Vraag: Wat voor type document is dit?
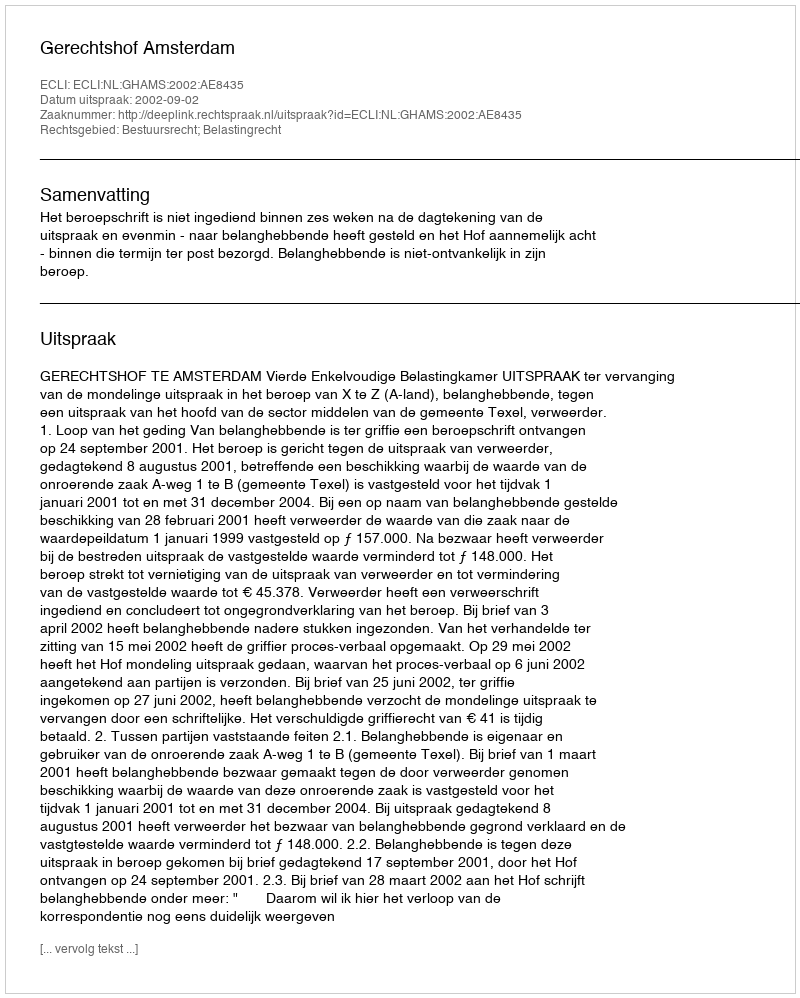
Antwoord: Uitspraak